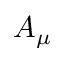
A _ { \mu }